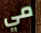
مي